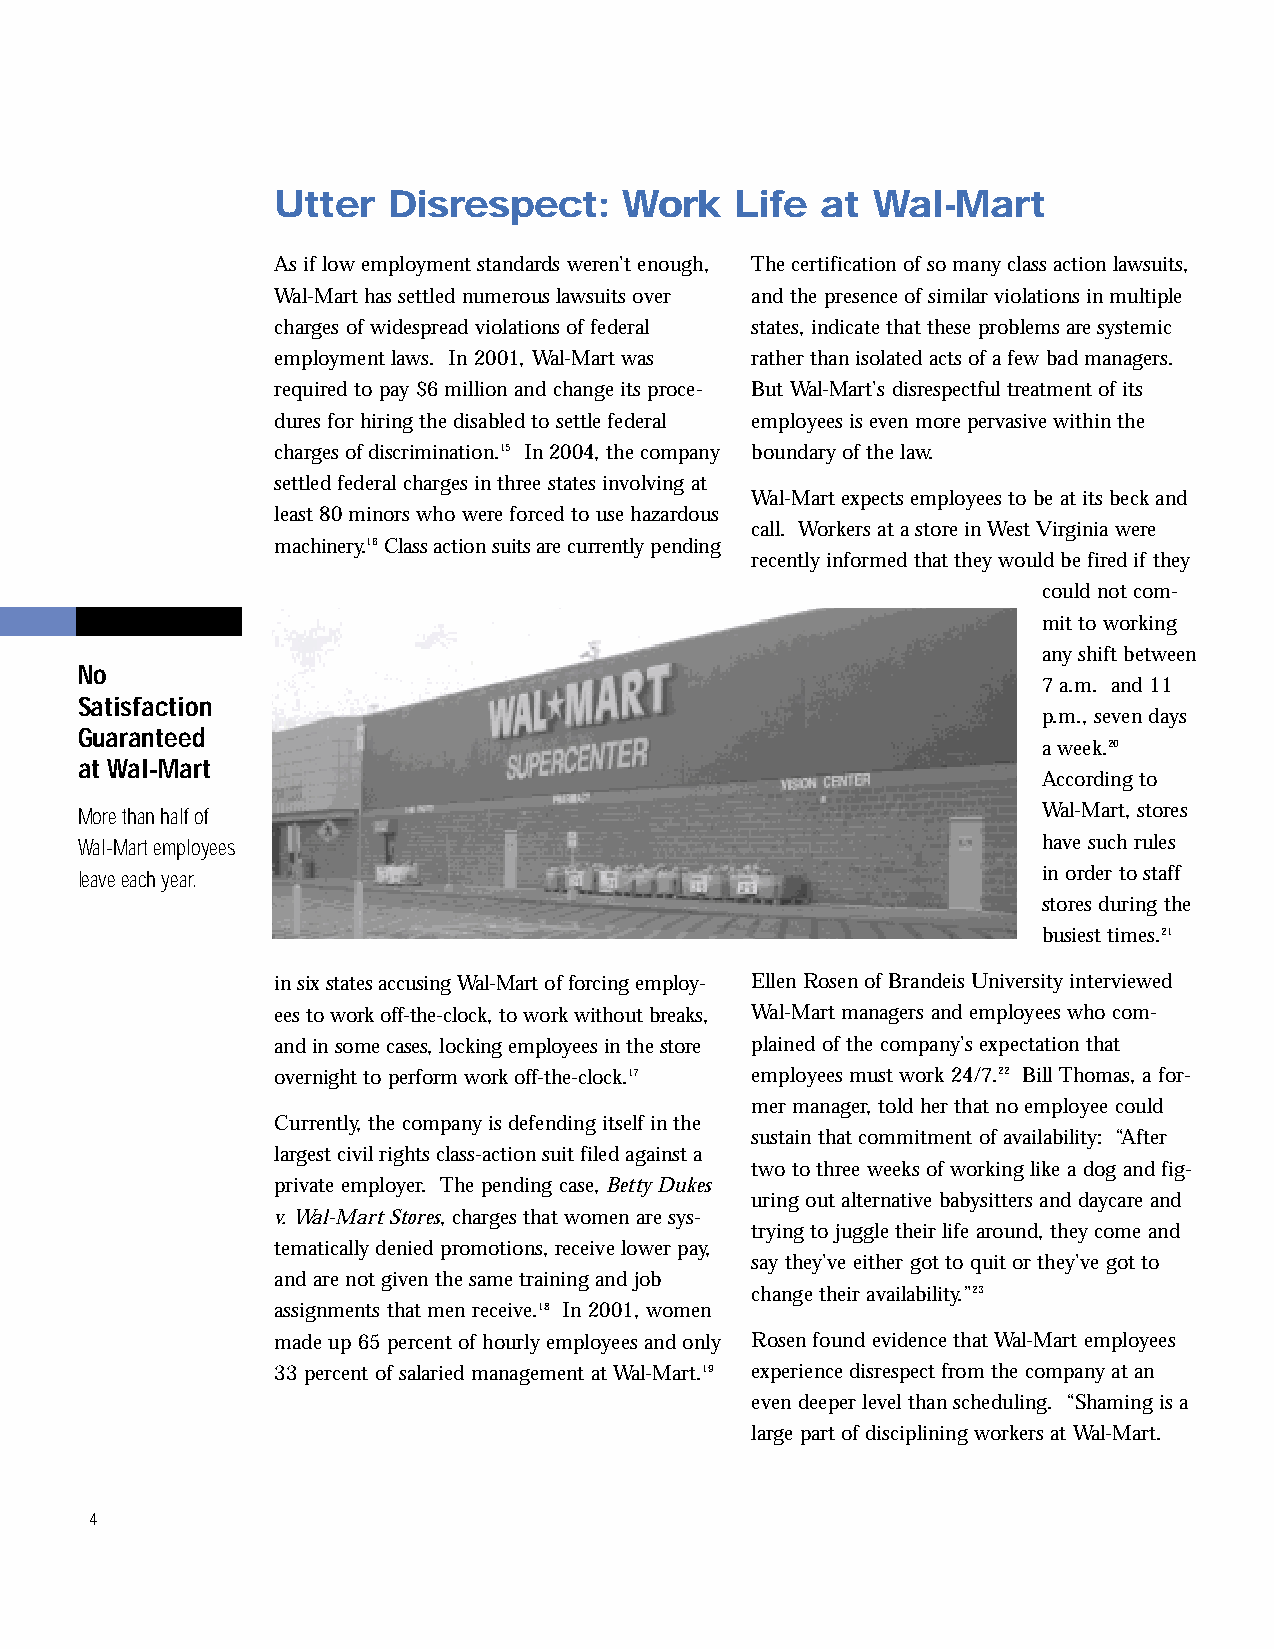
inside2.qxd 11/8/2005 11:17 AM Page 4
 Utter   Disrespect:    Work    Life at  Wal-Mart
 As if low employment standards weren’t enough, The certification of so many class action lawsuits,
 Wal-Mart has settled numerous lawsuits over and the presence of similar violations in multiple
 charges of widespread violations of federal states, indicate that these problems are systemic
 employment laws. In 2001, Wal-Mart was rather than isolated acts of a few bad managers.
 required to pay $6 million and change its proce- But Wal-Mart’s disrespectful treatment of its
 dures for hiring the disabled to settle federal employees is even more pervasive within the
 charges of discrimination.15 In 2004, the company boundary of the law.
 settled federal charges in three states involving at
 Wal-Mart expects employees to be at its beck and
 least 80 minors who were forced to use hazardous
 call. Workers at a store in West Virginia were
 machinery.16Class action suits are currently pending
 recently informed that they would be fired if they
 could not com-
 mit to working
 any shift between
 No
 7 a.m. and 11
 Satisfaction
 p.m., seven days
 Guaranteed
 a week.20
 at Wal-Mart
 According to
 More than half of                                               Wal-Mart, stores
 Wal-Mart employees                                              have such rules
 leave each year.                                                in order to staff
 stores during the
 busiest times.21
 in six states accusing Wal-Mart of forcing employ- Ellen Rosen of Brandeis University interviewed
 ees to work off-the-clock, to work without breaks, Wal-Mart managers and employees who com-
 and in some cases, locking employees in the store plained of the company’s expectation that
 overnight to perform work off-the-clock.17 employees must work 24/7.22 Bill Thomas, a for-
 mer manager, told her that no employee could
 Currently, the company is defending itself in the
 sustain that commitment of availability: “After
 largest civil rights class-action suit filed against a
 two to three weeks of working like a dog and fig-
 private employer. The pending case, Betty Dukes
 uring out alternative babysitters and daycare and
 v. Wal-Mart Stores, charges that women are sys-
 trying to juggle their life around, they come and
 tematically denied promotions, receive lower pay,
 say they’ve either got to quit or they’ve got to
 and are not given the same training and job
 change their availability.”23
 assignments that men receive.18 In 2001, women
 made up 65 percent of hourly employees and only Rosen found evidence that Wal-Mart employees
 33 percent of salaried management at Wal-Mart.19 experience disrespect from the company at an
 even deeper level than scheduling. “Shaming is a
 large part of disciplining workers at Wal-Mart.
 4